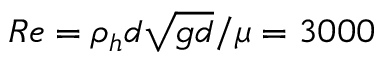
R e = \rho _ { h } d \sqrt { g d } / \mu = 3 0 0 0